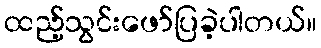
ထည့်သွင်းဖော်ပြခဲ့ပါတယ်။